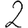
Digit: 2